Indian journal of veterinary science and animal husbandry - Volume 1,
Year: 1931
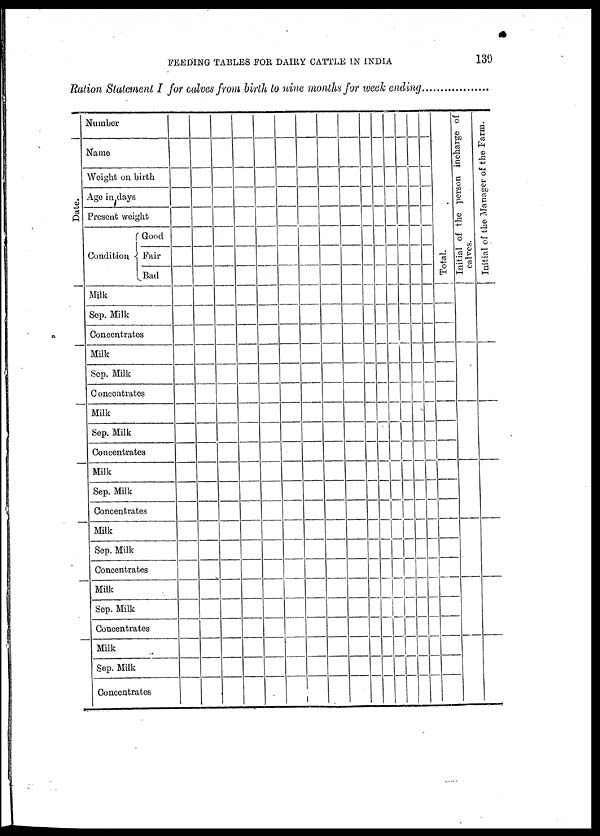
FEEDING TABLES FOR DAIRY CATTLE IN INDIA
139
Ration Statement I for calves from birth to nine months for week ending
Date
Number
Name
Weight on birth
Age in days
Present weight
Good
Condition { Fair
Bad
Milk
Sep. Milk
Concentrates
Milk
Sep. Milk
Concentrates
Milk
Sep. Milk
Concentrates
Milk
Sep. Milk
Concentrates
Milk
Sep. Milk
Concentrates
Milk
Sep. Milk
Concentrates
Milk
Sep. Milk
Concentrates
Total.
Initial of the person incharge of
calves.
Initial of the Manager of the Farm.